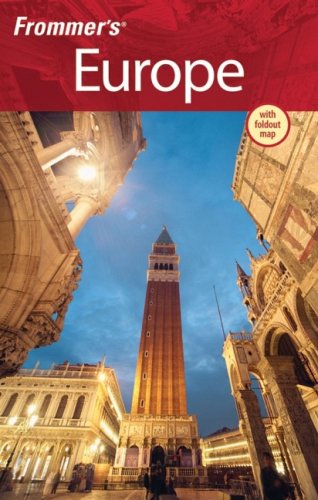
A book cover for Frommer's Europe (Frommer's Complete Guides); Darwin Porter; Travel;